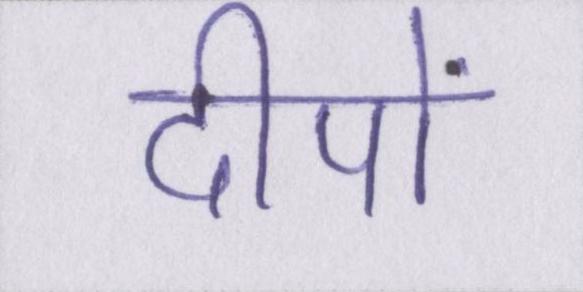
दीपों